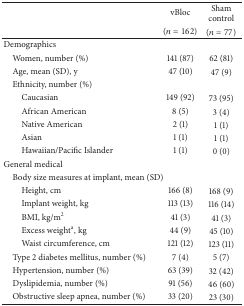
| <ROWSPAN=2>  | vBloc | Sham control |
 | (n = 162) | (n = 77) |
 | --- | --- | --- |
 | Demographics |  |  |
 | Women, number (%) | 141 (87) | 62 (81) |
 | Age, mean (SD), y | 47 (10) | 47 (9) |
 | Ethnicity, number (%) |  |  |
 | Caucasian | 149 (92) | 73 (95) |
 | African American | 8 (5) | 3 (4) |
 | Native American | 2 (1) | 1 (1) |
 | Asian | 1 (1) | 1 (1) |
 | Hawaiian/Pacific Islander | 1 (1) | 0 (0) |
 | General medical |  |  |
 | Body size measures at implant, mean (SD) |  |  |
 | Height, cm | 166 (8) | 168 (9) |
 | Implant weight, kg | 113 (13) | 116 (14) |
 | BMI, kg/m2 | 41 (3) | 41 (3) |
 | Excess weighta, kg | 44 (9) | 45 (10) |
 | Waist circumference, cm | 121 (12) | 123 (11) |
 | Type 2 diabetes mellitus, number (%) | 7 (4) | 5 (7) |
 | Hypertension, number (%) | 63 (39) | 32 (42) |
 | Dyslipidemia, number (%) | 91 (56) | 46 (60) |
 | Obstructive sleep apnea, number (%) | 33 (20) | 23 (30) |